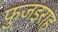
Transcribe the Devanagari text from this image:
फुजइराह